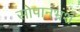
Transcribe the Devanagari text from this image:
सोपानभ्रंश